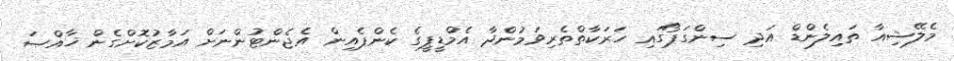
މެލޭޝިއާ ތައިލެންޑް އަދި ސިންގަޕޯގައި ހަރަކާތްތެރިވަމުންދާ އެމްޑީޕީގެ ކެންޕެއިން އެޖެންޓުންނަށް އަމާޒުކޮށްގެން ޚާއްޞަ